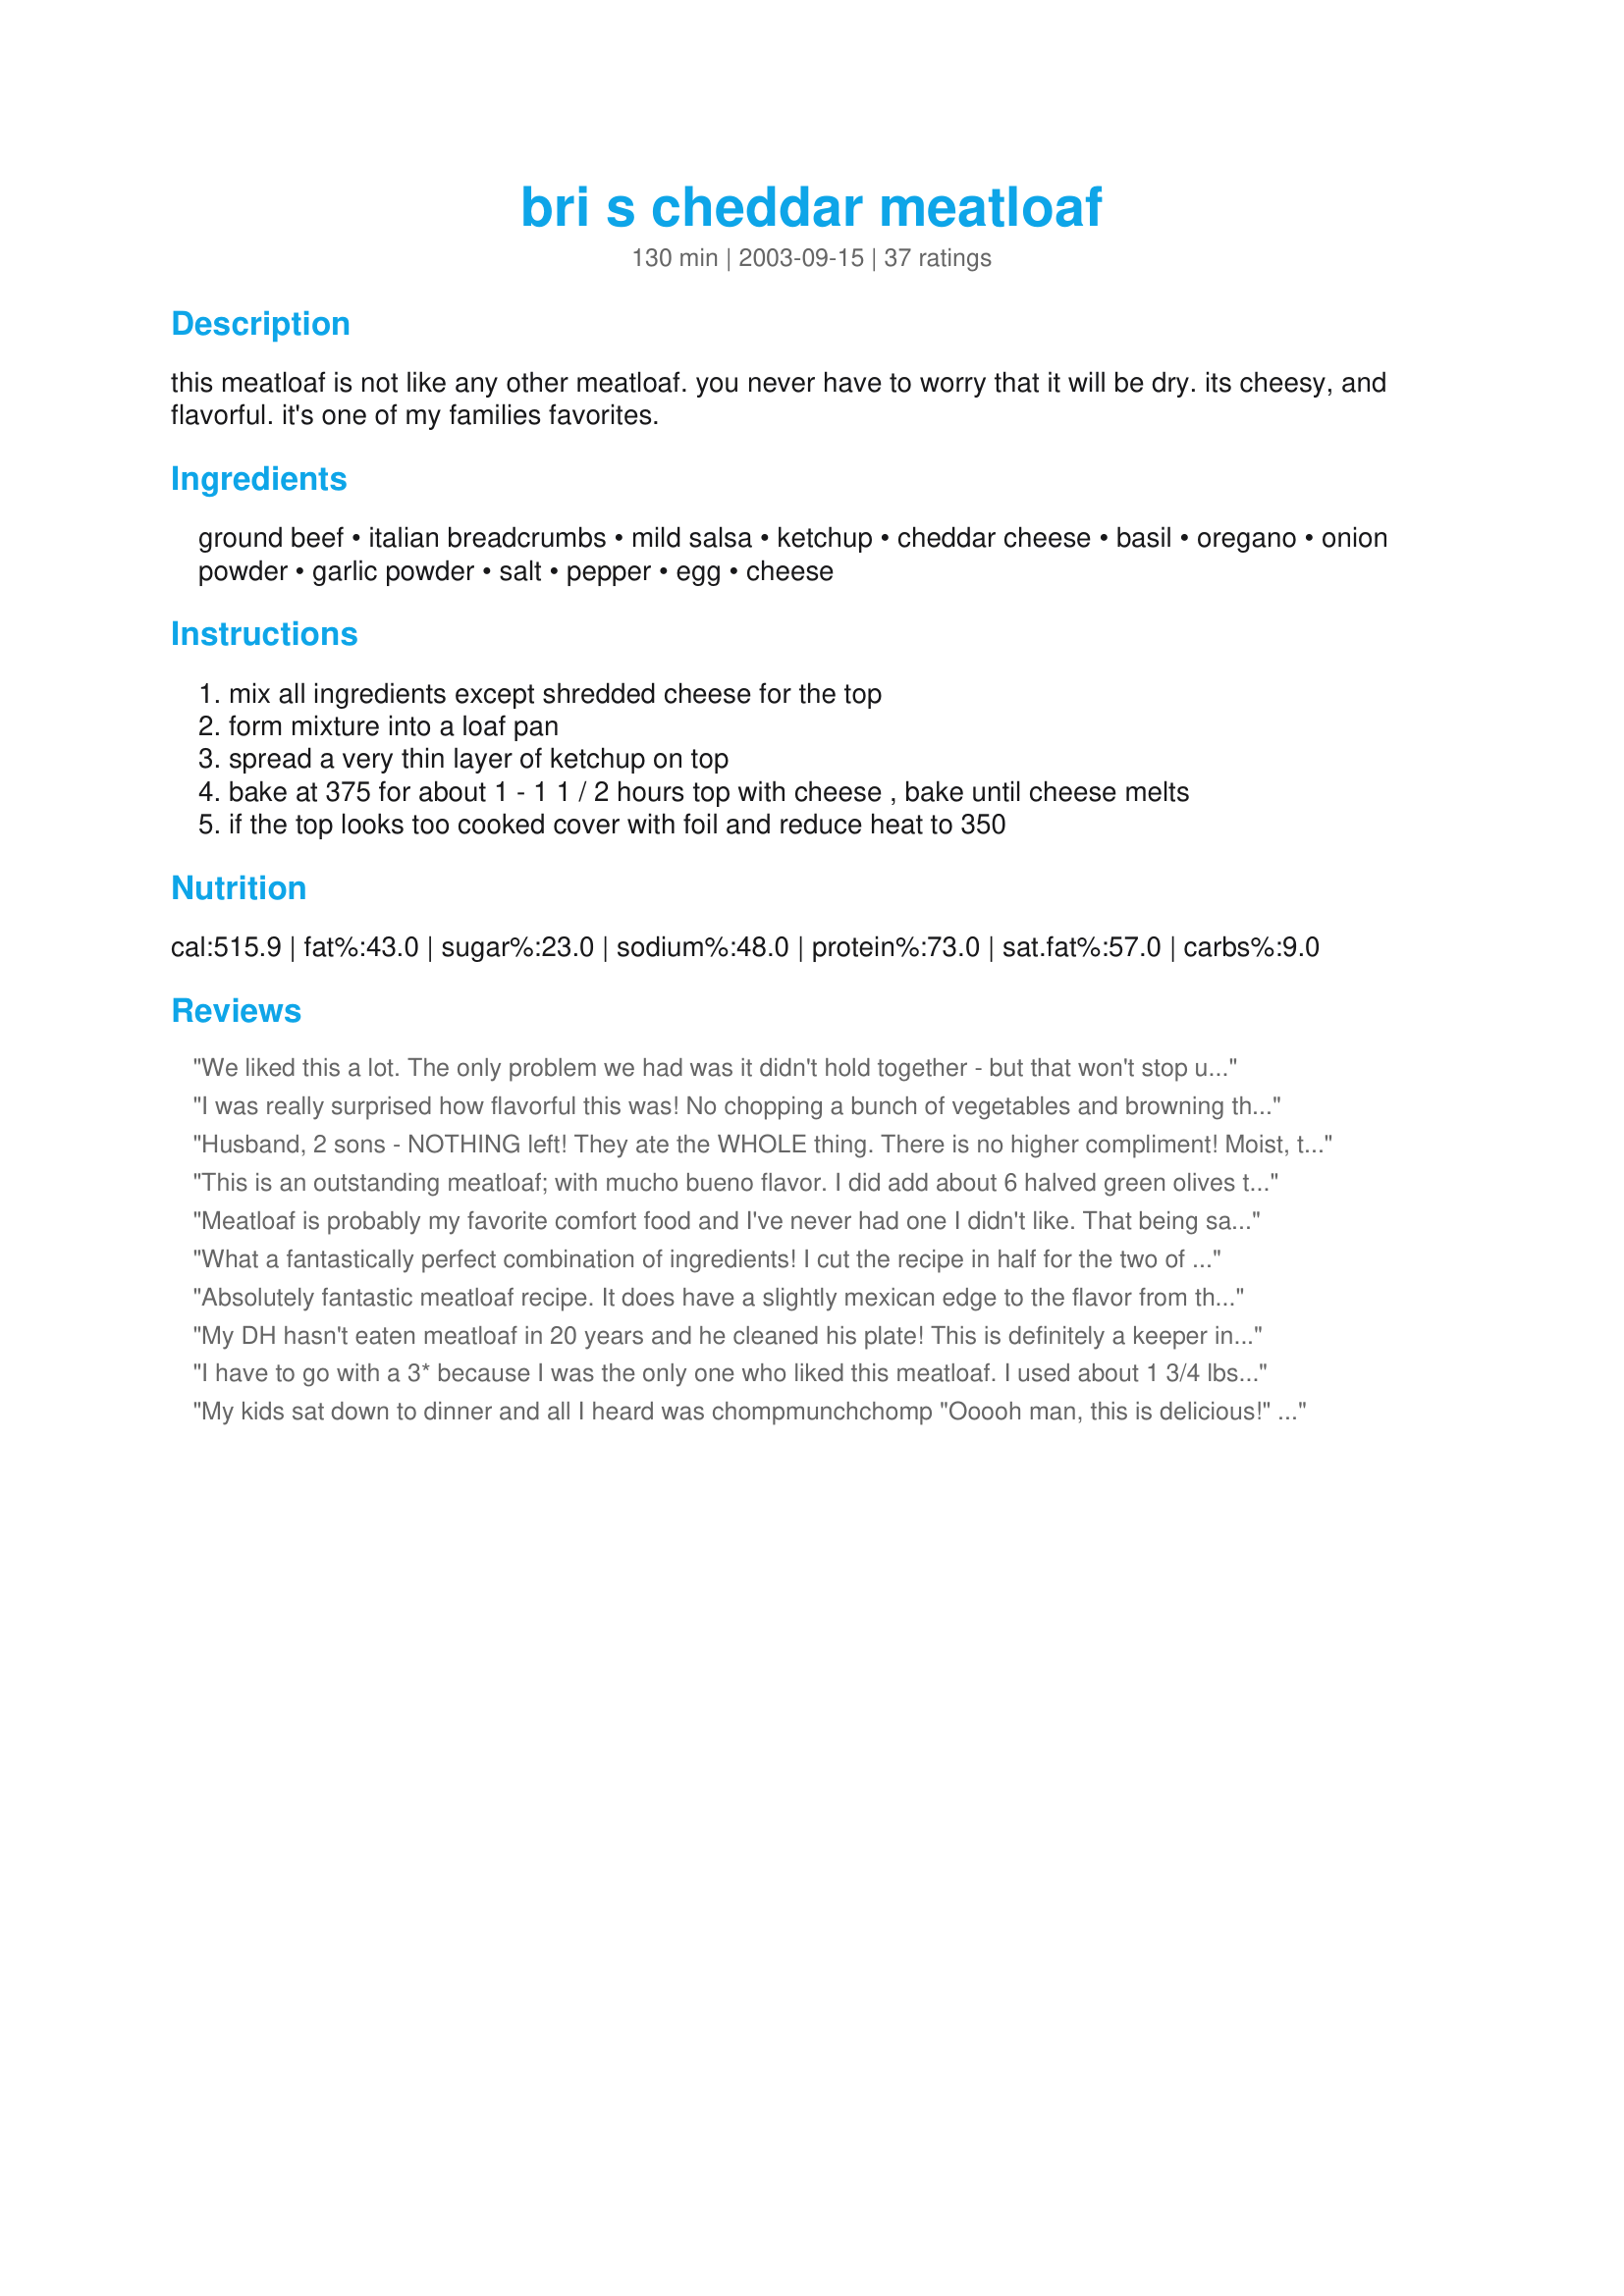
bri s cheddar meatloaf
Preparation time: 130 minutes

this meatloaf is not like any other meatloaf. you never have to worry that it will be dry. its cheesy, and flavorful. it's one of my families favorites.

Ingredients:
ground beef, italian breadcrumbs, mild salsa, ketchup, cheddar cheese, basil, oregano, onion powder, garlic powder, salt, pepper, egg, cheese

Steps:
mix all ingredients except shredded cheese for the top
form mixture into a loaf pan
spread a very thin layer of ketchup on top
bake at 375 for about 1 - 1 1 / 2 hours top with cheese , bake until cheese melts
if the top looks too cooked cover with foil and reduce heat to 350

Reviews:
We liked this a lot. The only problem we had was it didn't hold together - but that won't stop us from making it again. Thanks for sharing
I was really surprised how flavorful this was! No chopping a bunch of vegetables and browning them first, it was so fast to make. Everyone LOVED it at dinner, and my husband is already looking forward to sandwiches tomorrow. My only comment is how big of a jar salsa should be used? I probably could have used a LOT more, but wasn't sure what size.
Husband, 2 sons - NOTHING left! They ate the WHOLE thing. There is no higher compliment! Moist, tasty, and not boring. I made a loaf and froze it. Cooked it a week later. You will love it!
This is an outstanding meatloaf; with mucho bueno flavor. I did add about 6 halved green olives to use up and replace the ketchup for the top with salsa topped with cheese.
Yummers, Bri!
Meatloaf is probably my favorite comfort food and I've never had one I didn't like. That being said, from now on, when I'm the one making the meatloaf, this is the recipe I'll use. I may occasionally add some heat to it by using hot salsa instead of mild, or maybe I'll try a can of mushrooms because my wife likes them, but the basic recipe is fantastic as is and needs no alterations. I can't wait to have it on a sandwich at dinner tonight. Thanks for posting...
What a fantastically perfect combination of ingredients! I cut the recipe in half for the two of us, but I'm sorry I did as we could have frozen any leftovers. I did omit the ketchup as there was enough tomato in the salsa for our tastes. I've filed this one in my "Encore" cookbook where all the good repeaters go. Thank you!
Absolutely fantastic meatloaf recipe. It does have a slightly mexican edge to the flavor from the salsa, but in a good way. Everyone in my family loved it, and the leftovers were equally great the next day. I threw out all my other meatloaf recipes after trying this one ... yes, it was that good!
My DH hasn't eaten meatloaf in 20 years and he cleaned his plate! This is definitely a keeper in my recipe book. Thanks for sharing!
I have to go with a 3* because I was the only one who liked this meatloaf. I used about 1 3/4 lbs beef and since I wasn't sure on the amount of salsa, I used 1 Cup. This was actually enough to keep it moist and help it hold together just fine. My kids thought it was way too spicy even though I used mild salsa. For myself, I thought it was quite good. Thx Bri!
My kids sat down to dinner and all I heard was chompmunchchomp "Ooooh man, this is delicious!" chompmunchgobble.
I'm giving this one a three, mostly because I don't know what 3/4 of a jar means. I have 4 or 5 different salsas in my pantry, and they're all different sizes. It would have helped if the recipe was a bit more specific. Otherwise, it was good. DH and son liked it, and ate seconds, but neither said they wanted to have it again. A nice change from the usual, but not a keeper for us.
yuuuuuuum!I decided to try this recipe tonight for something different. It was delicious, and I will definately make it again. It is extremely moist and flavorful. Thanks!
This was very good. A nice change from our normal meatloaf. I misread and used 3/4 C of salsa and I think it turned out perfect. Great recipe!! I will probably make 2 next time and freeze one.
This meatloaf was really tasty and moist. I was nice to try differnt recipe. I love the idea of salsa. It gave it nice taste and texture. I added little brown sugar to ketchup before putting it on top of meatloaf. Thanks!
Really tasty and moist. The salsa gave it a very unique flavor. Will put this in the make again file. Thanks Bri22!
I've tried many MANY different recipes for meatloaf, and this has to be my favorite! My family thanks you for sharing this wonderful recipe!
Wow!!! That is all I can say. This is hands down the best meatloaf I have ever had. My husband is a meatloaf lover, and I have made it many different ways, but this one is a keeper. My husband actually said throw out all the other recipes and make only this one. Thank you so much!!
Fantastic! Delicious! The best meatloaf we have ever had! So flavourful and moist. I was shocked when my husband didn't use ketchup, at all & he had 2 helpings. This will be a recipe I will make over & over. Thanks so much for posting it!
This was a very flavorful and interesting take on the traditional meatloaf. I've never used salsa in a meatloaf and it's really adds great flavor. Everyone enjoyed this in our family even though it is very different than our family's recipe that is very traditional. I think I'd like to try it with a spicier salsa next time. Thanks for a great recipe!
AWESOME - quick, easy and very tasty! Only substitution I made - because I was feeling lazy - was to use only salsa, no ketchup. We will make this again and again!
I was told by my family this was the best meatloaf I have ever made. It had a great flavor to it. I used hot salsa, and it gave the loaf a nice kick. Also, this is the first meatloaf that I have made that didn't fall apart on me (maybe that's one of the reasons it was my best - LOL!!) Sandwiches were great the next day.
Bri22 I was in the mood for meatloaf and this recipe caught my eye. The family enjoyed it but it seemed to lack something. I'll continue to tweak it more to our tastes and write an update.
YUMMY! I thought this meatloaf was wonderful! Flavorful and moist! My husband liked it but gives it 4 stars. (That is pretty good, bc he is VERY picky!) 
LOL Thank you got the recipe! Oh by the way...I am a Bri too! Plus my favorite number is 22...weird! lol
Very Very Good! I didnt have enough bread crumbs for this but it came out great! My daughter loved it and she has never liked any kind of meatloaf I have ever made. Its a definite keeper~ Thanks for posting a great recipe!!
I have been making meatloaf for at least 30 years and this is the best meatloaf I have had! I have already passed this recipe on to some family memebers. It's the best. I used "taco bell's smoky mild salsa. I liked the salsa, because it's nice and thick. I will be making this again and again. Matter of fact, there is another one waiting in my freezer.
yummy meatloaf has a family of fussy eaters and they loved this thanks for the great recipe
Wonderful meatloaf. Very moist and easy to make. I used less cheese than the recipe called for, and do not top with cheese. I made a topping using ketchup, worchestshire sauce, and a smidgen of brown sugar. (A smidgen is probably the same amount as a pinch or a dash.) DH loves meatloaf and this was a bit hit. I served it with mashed (or as he calls them, "smashed")potatoes and green beans. I will definitely use this recipe again.
Funny story... My son loves my mom's meatloaf and was really disappointed (read that as "complained heavily") when he saw that I tried a new recipe. He grudgingly took a small piece and headed off to his room. As he walked away he took a little bite... immediately he turned around and came back and scooped off 1/4 of the whole meatloaf onto his plate. Later he came back for ANOTHER huge helping. Grandma's meatloaf has fallen to second place!! This was a delicious, well seasoned, moist slice of heaven. Thanks for sharing!
my dh is a true meatloaf lover and he gave this 5 stars! i added some worcestershire sauce but otherwise followed the recipe using 3 lbs of beef. funny, he hates salsa but loved this!
l had meatloaf on tuesday
Simple meatloaf recipe. Moist and yummy! (and I am very picky about meatloaf!) I followed the recipe instructions, and I used the optional mozzarella. I made some mashed potatoes and carrots to complete the meal. It went fast!Thanks! You could also make sandwiches out of this meatloaf.
The most horrible meatloaf I have ever made, very mushy and tasteless. Had to throw it out!!!
In search of the "perfect" meatloaf, this is one of the best we've tried, a great recipe. I used a medium gourmet salsa with cilantro and used tomato sauce in place of the ketchup. Nice change from your typical meatloaf.
Two thumbs up! It was a simple meal to cook on a busy day, and was devowered by 3 fussy kids (1 of which who hates meatloaf) and I'm not much of a meat-eater and I really enjoyed it. Will definately make this one again.
This recipe has made it to my "menu" many times but only now has it finally made it to the table. Wow! I didn't know meatloaf could taste this good. DH says this is a keeper! 
Don't procrastinate on this one -- you'll love it!
what a great loaf. i loved it.
Without a doubt this is the best tasting meatloaf I've ever eaten.
